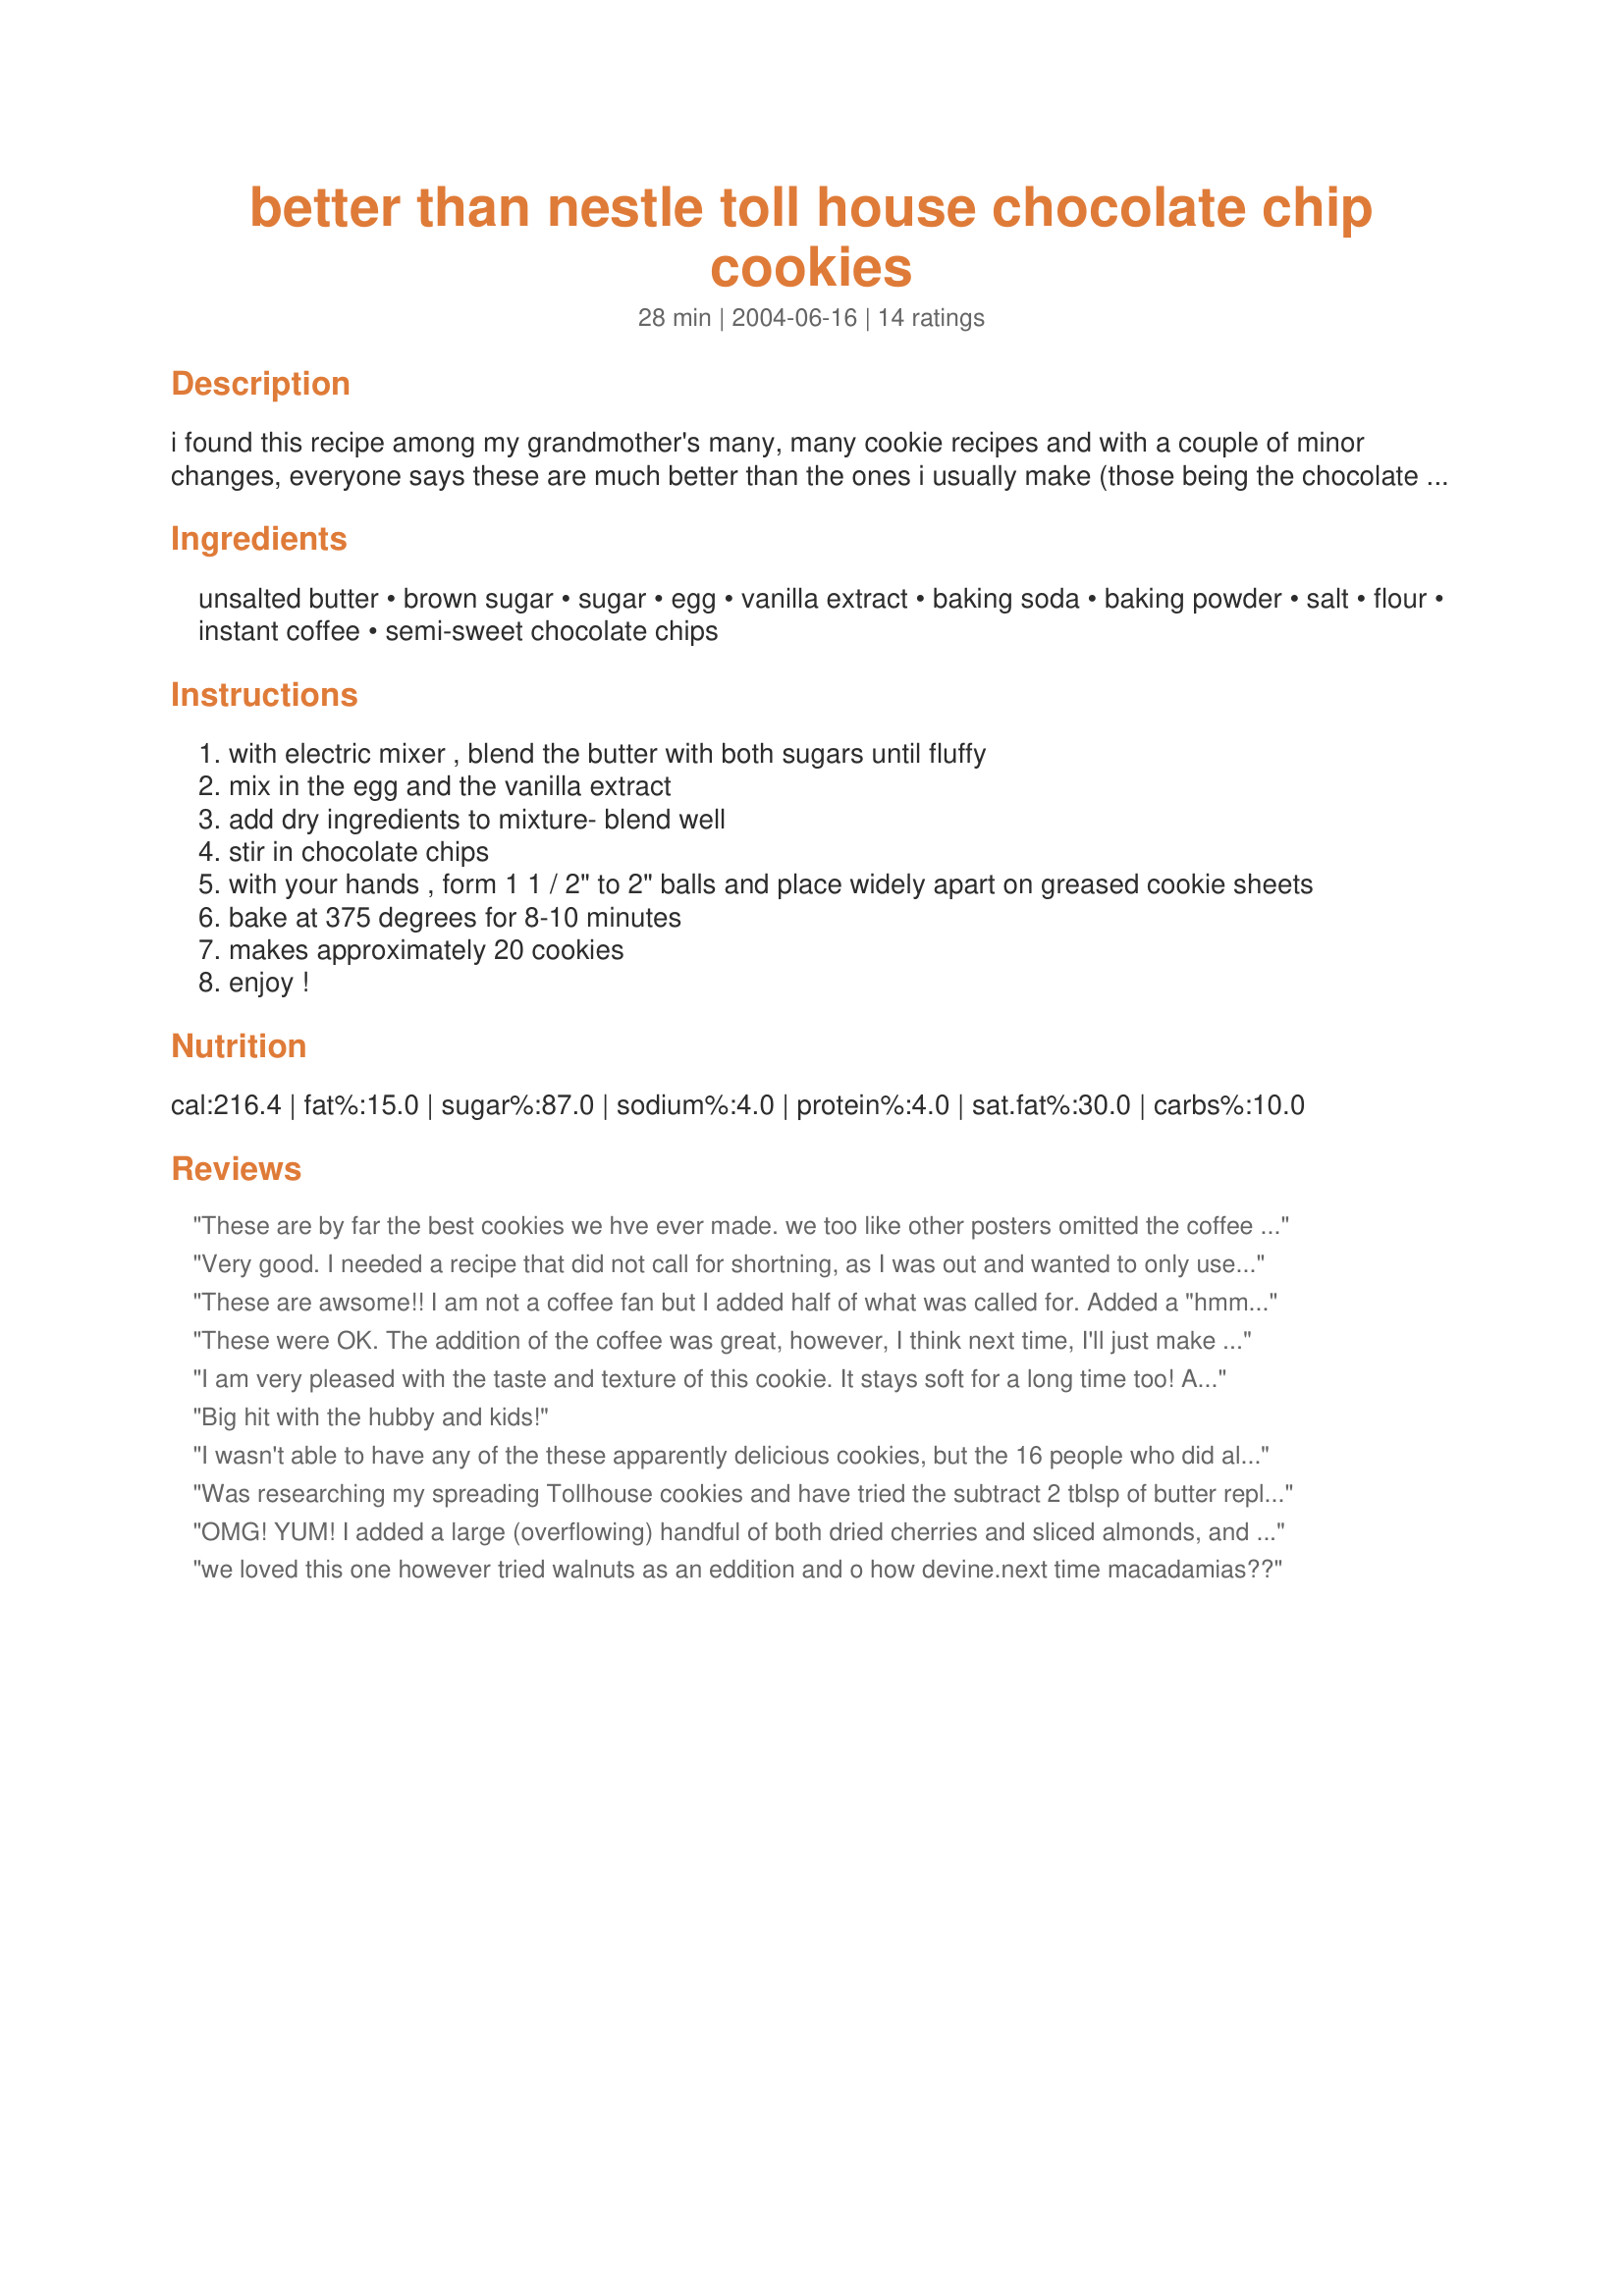
better than nestle toll house chocolate chip cookies
Preparation time: 28 minutes

i found this recipe among my grandmother's many, many cookie recipes and with a couple of minor changes, everyone says these are much better than the ones i usually make (those being the chocolate chip cookies straight off the back of the nestle tollhouse chocolate chip bag!) you'll absolutely love them!

Ingredients:
unsalted butter, brown sugar, sugar, egg, vanilla extract, baking soda, baking powder, salt, flour, instant coffee, semi-sweet chocolate chips

Steps:
with electric mixer , blend the butter with both sugars until fluffy
mix in the egg and the vanilla extract
add dry ingredients to mixture- blend well
stir in chocolate chips
with your hands , form 1 1 / 2" to 2" balls and place widely apart on greased cookie sheets
bake at 375 degrees for 8-10 minutes
makes approximately 20 cookies
enjoy !

Reviews:
These are by far the best cookies we hve ever made. we too like other posters omitted the coffee and still a superb cookie soft and chewy, they never last long!
Very good. I needed a recipe that did not call for shortning, as I was out and wanted to only use 1 stick of butter without having to half the recipe. This was a great choice. We did not use the coffee as they were for my 10 yr olds classmates. I also did not spray the pans. Next time we will use less chips, 12 oz was a little too full for us. Overall a great chewy cookie, turned out very nice.
These are awsome!! I am not a coffee fan but I added half of what was called for. Added a "hmmm woneder what that is" flavor to the cookies! I will make this for now on. My nestle cookies are always flat these were not, thanks!!
These were OK. The addition of the coffee was great, however, I think next time, I'll just make the regular tollhouse recipe and add coffee. I found the recipe to be dry and flaky, the cookies did not flatten in the oven and took longer then the recommended time to bake.
I am very pleased with the taste and texture of this cookie. It stays soft for a long time too! Although I'm not sure about the ground coffee cause it leaves black specks in the cookie...Otherwise, this is one of the best recipes I've found. Thanks!
Big hit with the hubby and kids!
I wasn't able to have any of the these apparently delicious cookies, but the 16 people who did all raved! Apparently they are very good. We needed a treat for tonight's church function and everyone loved them. I will try them in a few weeks when I am off of this darn diet!!!
Was researching my spreading Tollhouse cookies and have tried the subtract 2 tblsp of butter replace w shortening, worked well then I found this recipe , when done properly these are my new favorite, 2nd time making these I cut a little of the coffee and these are wonderful ! Thank you ! These are my new go to cookies!
OMG! YUM! I added a large (overflowing) handful of both dried cherries and sliced almonds, and I accidentally added 3 eggs rather than one... They were still amazing even with the extra eggs.
we loved this one however tried walnuts as an eddition and o how devine.next time macadamias??
I liked 'em, but better than tollhouse, I did not. I found them to be a tad too sweet for my taste and I only used 1/2 bag of chocolate chips. I did like the coffee addition. I had to bake mine longer than 10min and the balls of dough did not flatten, I had to smush them down while baking to get a cookie look. FYI...You do not have to use a greased pan.
This is my new Chocolate cookie recipe. I did change one thing....I left out the coffee. They were great. I took them out of the oven before they started to brown so they were a soft cookie. &lt;br/&gt;We had some family over so I made 2 batches. The whole bowl was gone before the end of the night.
I doubled this and made a pan cookie- lowered the temp and baked longer. It was fantastic. Did not add the coffee. Will use again !
These were absolutely delicious. So soft and chewy. My family loved these. Our new favorite cookie! I did not use the Pam cooking spray and did refrigerate the cookie dough first. Baked for 9 minutes and they were perfect. THANKS!
